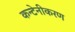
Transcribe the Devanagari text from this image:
कन्टेनीकरण